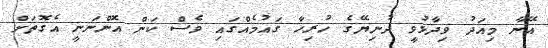
އޭނާ މިއަދު ވިދާޅުވީ ދުނިޔޭގެ ހުރިހާ ގައުމެއްގައި ވެސް ކަން އޮންނަނީ އެގޮތަށް